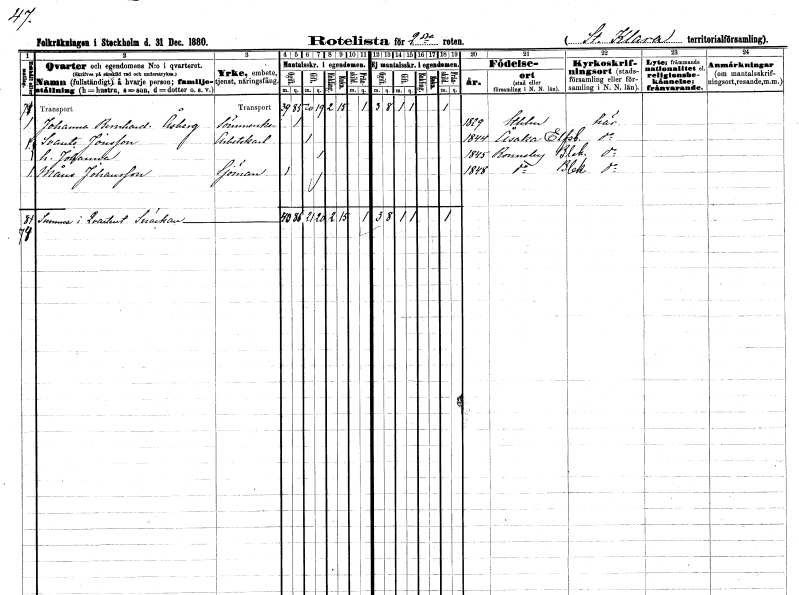
gt_parse: households: individuals: FN: Johanna Bernhardina
EN: Åsberg
YRKE: Sömmerska
KON: K
CIV: O
FODAR: 1829
FODFORS: Stockholm
FN: Svante
EN: Jonsson
YRKE: Arbetskarl
KON: M
CIV: G
FODAR: 1844
FODFORS: Väne-Åsaka Älvsborgs län
FN: Johanna
KON: K
CIV: G
FODAR: 1845
FODFORS: Ronneby Blekinge län
FN: Måns
EN: Johansson
YRKE: Sjöman
KON: M
CIV: O
FODAR: 1848
FODFORS: Ronneby Blekinge län